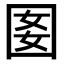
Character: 𡇔